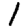
Digit: 1